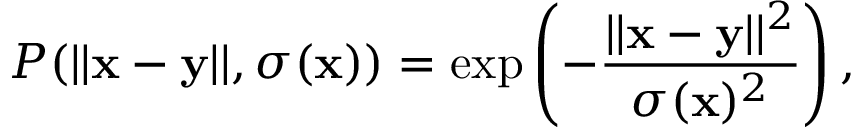
P ( | | \mathbf x - \mathbf y | | , \sigma ( \mathbf x ) ) = \exp \left( - \frac { | | \mathbf x - \mathbf y | | ^ { 2 } } { \sigma ( \mathbf x ) ^ { 2 } } \right) ,